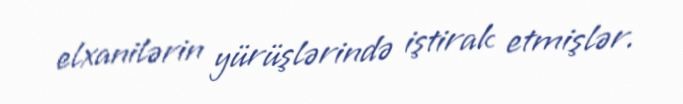
elxanilərin yürüşlərində iştirak etmişlər.